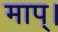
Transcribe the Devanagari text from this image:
माप्।